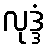
လုဒ္ဒံ